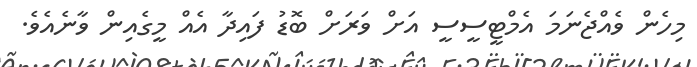
މިހެން ވެއްޖެނަމަ އެމްޓީސީސީ އަށް ވަރަށް ބޮޑު ފައިދާ އެއް މީގެއިން ވާނެއެވެ.